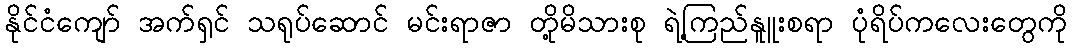
နိုင်ငံကျော် အက်ရှင် သရုပ်ဆောင် မင်းရာဇာ တို့မိသားစု ရဲ့ကြည်နူူးစရာ ပုံရိပ်ကလေးတွေကို